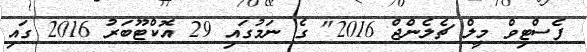
ފެސްޓިވް މީލް ޗެލެންޖް 2016" ގެ ނަމުގައި 29 އޮކްޓޫބަރު 2016 ގައި